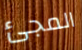
المجئ